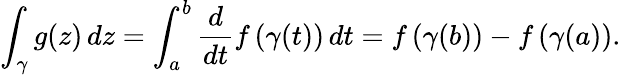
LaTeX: \int_{\gamma}g(z)\, dz=\int_{a}^{b}{\frac{d}{dt}}f\left(\gamma(t)\right)\, dt=f\left(\gamma(b)\right)-f\left(\gamma(a)\right).